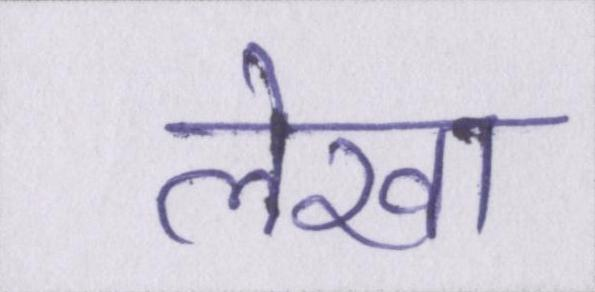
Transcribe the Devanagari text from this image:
लेखा